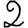
Digit: 2